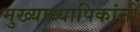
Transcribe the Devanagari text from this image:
मुख्याध्यापिकांनी